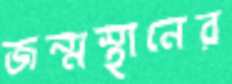
জন্মস্থানের